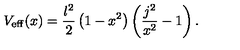
V _ { \mathrm { e f f } } ( x ) = \frac { l ^ { 2 } } { 2 } \left( 1 - x ^ { 2 } \right) \left( \frac { j ^ { 2 } } { x ^ { 2 } } - 1 \right) .